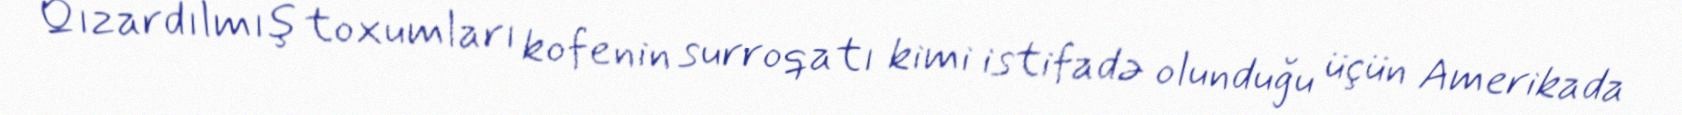
Qızardılmış toxumları kofenin surroqatı kimi istifadə olunduğu üçün Amerikada